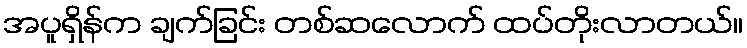
အပူရှိန်က ချက်ခြင်း တစ်ဆလောက် ထပ်တိုးလာတယ်။